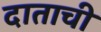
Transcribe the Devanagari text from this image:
दाताची